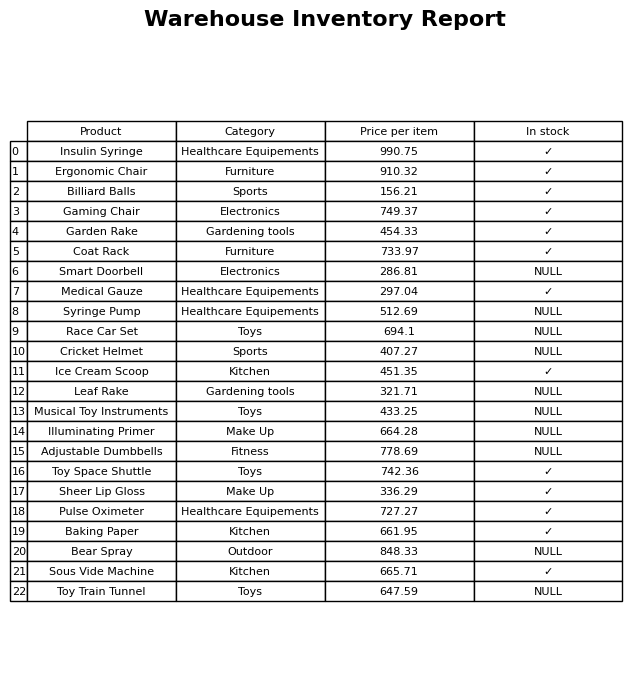
question: What is the stock status of the Toy Train Tunnel?
answer: NULL